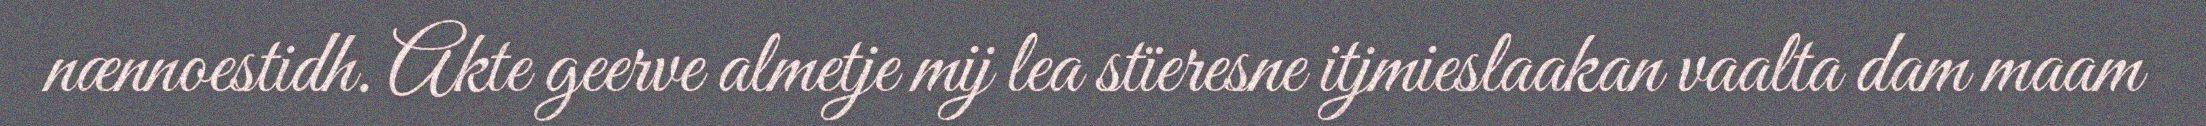
nænnoestidh. Akte geerve almetje mij lea stïeresne itjmieslaakan vaalta dam maam